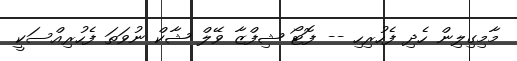
މާމިގިލިން ހެދި ފެހުރިހި -- ފޮޓޯ ޝިފްޒާ ވޭލް ޝާކް ނުވަތަ ފެހުރިއްސަކީ